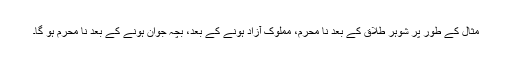
مثال کے طور پر شوہر طلاق کے بعد نا محرم، مملوک آزاد ہونے کے بعد، بچہ جوان ہونے کے بعد نا محرم ہو گا۔